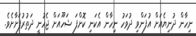
ނިހާން ދުނިޔެއަށް އުފަންވި ދުވަހު ނިހާން އެކަނި ކޮށްފަ ޝަހޫއަށް ޖެހުނީ ދަތުރުފަށާށެވެ.